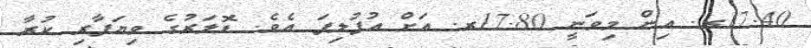
17.40ރ. އިން މިވަނީ 17.80ރ. އަށް އުފުލިފަ އެވެ. ޑޮލަރުގެ ވިޔަފާރި ކުރާ